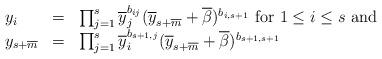
LaTeX: \begin{align*}\begin{array}{lll}y_i&=&\prod_{j=1}^s\overline y_j^{b_{ij}}(\overline y_{s+\overline m}+\overline \beta)^{b_{i,s+1}}\mbox{ for }1\le i\le s\mbox{ and}\\y_{s+\overline m}&=& \prod_{j=1}^s\overline y_i^{b_{s+1,j}}(\overline y_{s+\overline m}+\overline \beta)^{b_{s+1,s+1}}\end{array}\end{align*}